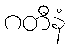
ဂတီနံ